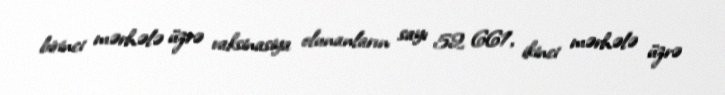
birinci mərhələ üzrə vaksinasiya olunanların sayı 52 661, ikinci mərhələ üzrə